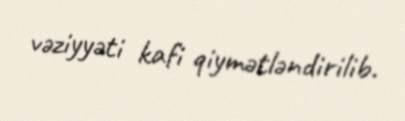
vəziyyəti kafi qiymətləndirilib.